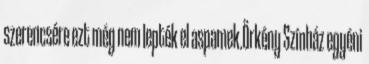
szerencsére ezt még nem lepték el aspamek.Örkény Színház egyéni